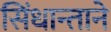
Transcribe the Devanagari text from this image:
सिंधान्ताने